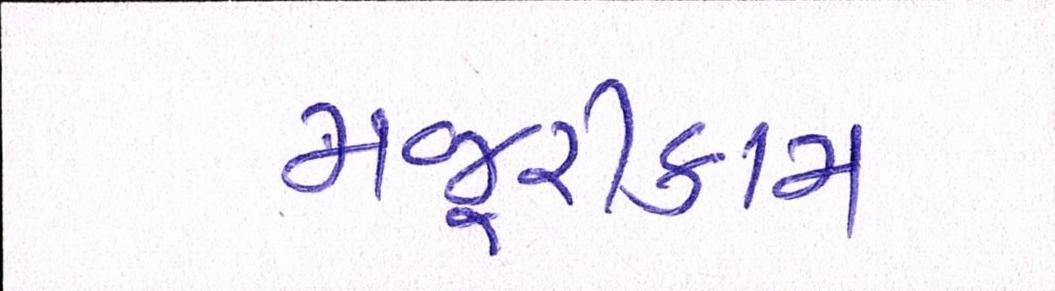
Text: મજૂરીકામ